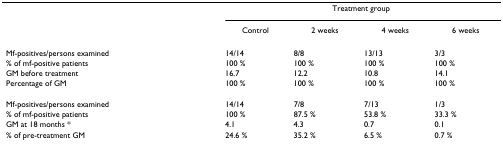
<table><thead><tr><td></td><td colspan="4"><b>Treatment group</b></td></tr><tr><td></td><td><b>Control</b></td><td><b>2 weeks</b></td><td><b>4 weeks</b></td><td><b>6 weeks</b></td></tr></thead><tbody><tr><td>Mf-positives/persons examined</td><td>14/14</td><td>8/8</td><td>13/13</td><td>3/3</td></tr><tr><td>% of mf-positive patients</td><td>100 %</td><td>100 %</td><td>100 %</td><td>100 %</td></tr><tr><td>GM before treatment</td><td>16.7</td><td>12.2</td><td>10.8</td><td>14.1</td></tr><tr><td>Percentage of GM</td><td>100 %</td><td>100 %</td><td>100 %</td><td>100 %</td></tr><tr><td>Mf-positives/persons examined</td><td>14/14</td><td>7/8</td><td>7/13</td><td>1/3</td></tr><tr><td>% of mf-positive patients</td><td>100 %</td><td>87.5 %</td><td>53.8 %</td><td>33.3 %</td></tr><tr><td>GM at 18 months *</td><td>4.1</td><td>4.3</td><td>0.7</td><td>0.1</td></tr><tr><td>% of pre-treatment GM</td><td>24.6 %</td><td>35.2 %</td><td>6.5 %</td><td>0.7 %</td></tr></tbody></table>